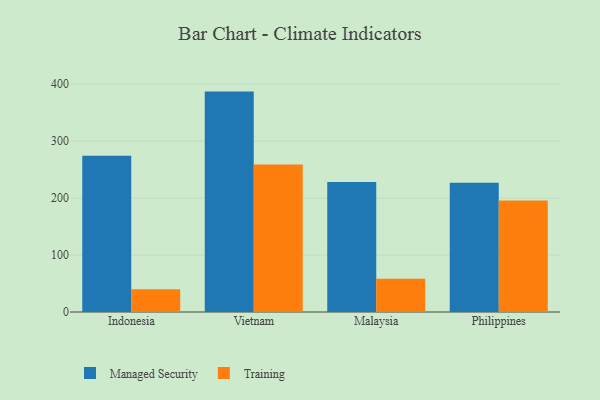
{"axis": {"x": "Country", "y": "Satisfaction Score"}, "legend": ["Managed Security", "Training"], "data": [{"x": "Indonesia", "y": 274.4, "type": "Managed Security"}, {"x": "Indonesia", "y": 40.0, "type": "Training"}, {"x": "Vietnam", "y": 387.0, "type": "Managed Security"}, {"x": "Vietnam", "y": 259.1, "type": "Training"}, {"x": "Malaysia", "y": 228.2, "type": "Managed Security"}, {"x": "Malaysia", "y": 58.6, "type": "Training"}, {"x": "Philippines", "y": 226.9, "type": "Managed Security"}, {"x": "Philippines", "y": 195.8, "type": "Training"}]}